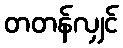
တတန်လျှင်